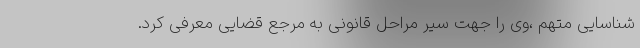
شناسایی متهم ،وی را جهت سیر مراحل قانونی به مرجع قضایی معرفی کرد.